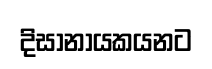
දිසානායකයනට